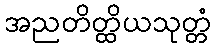
အညတိတ္ထိယသုတ္တံ